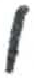
אות: ו